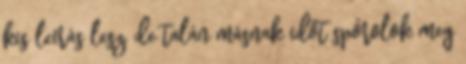
kis leírás lesz, de talán másnak időt spórolok meg